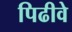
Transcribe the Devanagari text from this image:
पिढीवे